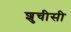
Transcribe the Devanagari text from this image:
शुचीसी